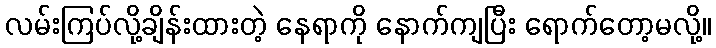
လမ်းကြပ်လို့ချိန်းထားတဲ့ နေရာကို နောက်ကျပြီး ရောက်တော့မလို့။